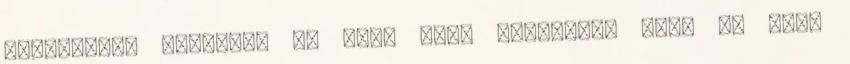
térségében továbbra is arra kell készülni, hogy az erős